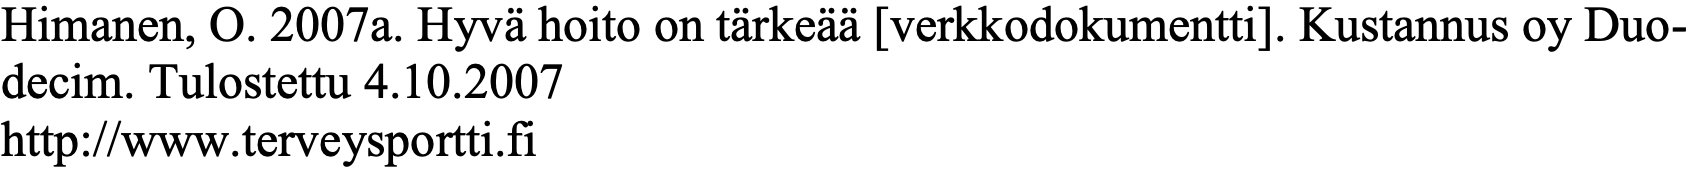
Himanen, O. 2007a. Hyvä hoito on tärkeää [verkkodokumentti]. Kustannus oy Duo- decim. Tulostettu 4.10.2007 http://www.terveysportti.fi